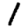
Digit: 1